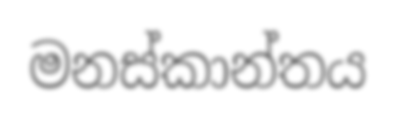
මනස්කාන්තය